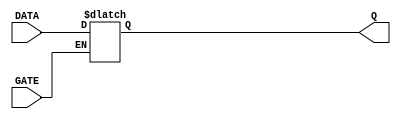
/* Transparent High Latch 
 * D_LATCH.V 
 * May 2001 
*/ 
 
module d_latch (GATE, DATA, Q); 
 
input GATE; 
input DATA; 
output Q; 
 
reg Q; 
 
  
   always @ (GATE or DATA)  
   begin  
          if (GATE == 1'b1)  
              Q <= DATA;  
 
   end  // End Latch 
 
endmodule